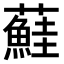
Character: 𫊒